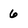
Character: 6